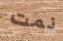
نمت